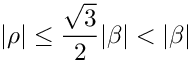
| \rho | \leq { \frac { \sqrt { 3 } } { 2 } } | \beta | < | \beta |